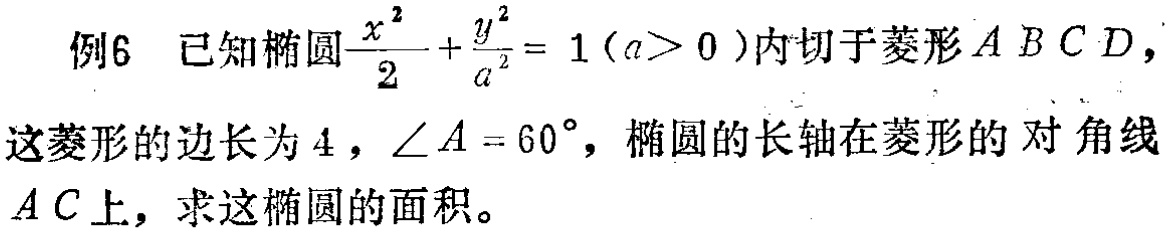
例6 已知椭圆$\frac{x^{2}}{2}+\frac{y^{2}}{a^{2}} = 1(a>0)$内切于菱形$ABCD$，这菱形的边长为$4$，$\angle A = 60^{\circ}$，椭圆的长轴在菱形的对角线$AC$上，求这椭圆的面积。